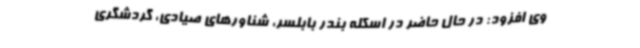
وی افزود: در حال حاضر در اسکله بندر بابلسر، شناورهای صیادی، گردشگری